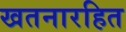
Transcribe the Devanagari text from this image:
खतनारहित